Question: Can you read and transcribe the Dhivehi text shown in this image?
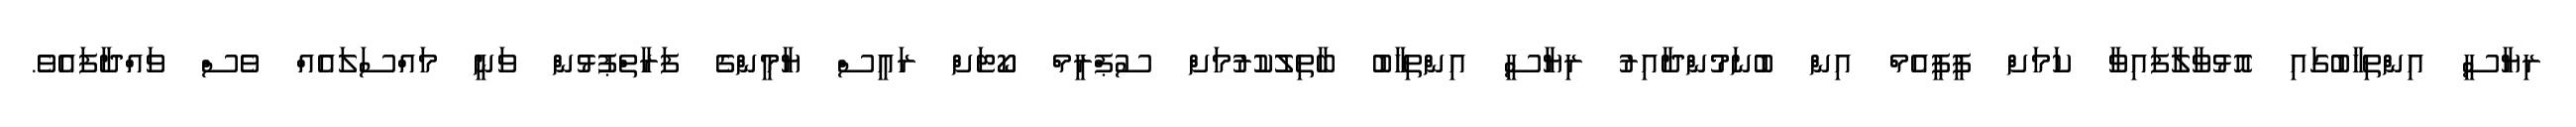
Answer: ރިޔާސީ އިންތިޚާބުގައި އޮޅުވާލާފައިވާ ކަމަށް ޕީޕީއެމް އިން ބުނަމުންދާއިރު ރިޔާސީ އިންތިހާބު ބާތިލުކުރުމަށް ސުޕްރީމް ކޯޓަށް ރައީސް ޔާމީންގެ ފަރާތްޕުޅުން ވަނީ މައްސަލައެއް ވެސް ވައްދާފައެވެ.